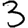
Digit: 3